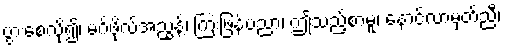
ပွားစေလို၍၊ မဂ်ဖိုလ်အညွန့်၊ ကြဲးဖြန့်ပညာ၊ ဤသည့်စာမူ၊ နောင်လာမှတ်ညီ၊